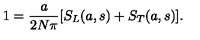
1 = \frac { a } { 2 N \pi } [ S _ { L } ( a , s ) + S _ { T } ( a , s ) ] .